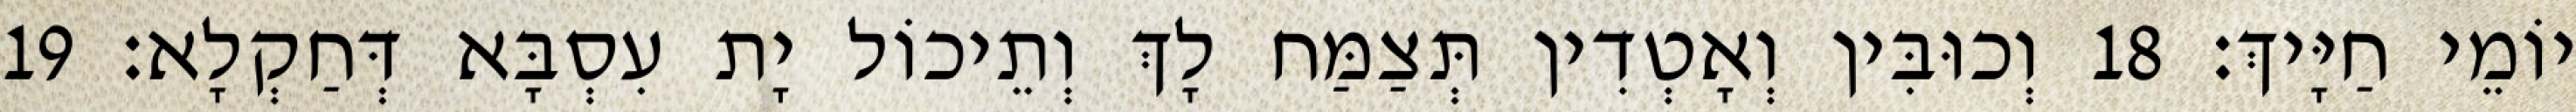
יוֹמֵי חַיָּיךְ׃ 18 וְכוּבִּין וְאָטְדִין תְּצַמַּח לָךְ וְתֵיכוֹל יָת עִסְבָּא דְּחַקְלָא׃ 19